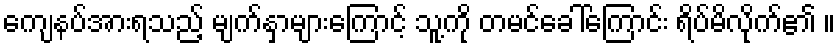
ကျေနပ်အားရသည့် မျက်နှာများကြောင့် သူ့ကို တမင်ခေါ်ကြောင်း ရိပ်မိလိုက်၏ ။